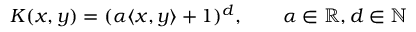
K ( x , y ) = ( \alpha \langle x , y \rangle + 1 ) ^ { d } , \qquad \alpha \in \mathbb { R } , d \in \mathbb { N }